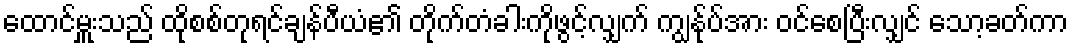
ထောင်မှူးသည် ထိုစစ်တုရင်ချန်ပီယံ၏ တိုက်တံခါးကိုဖွင့်လျှက် ကျွန်ုပ်အား ဝင်စေပြီးလျှင် သော့ခတ်ကာ